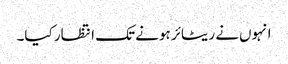
انہوں‌نے ریٹائر ہونے تک انتظار کیا۔